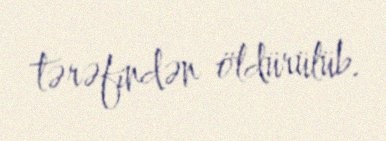
tərəfindən öldürülüb.